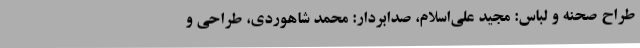
طراح صحنه و لباس: مجید علی‌اسلام، صدابردار: محمد شاهوردی، طراحی و